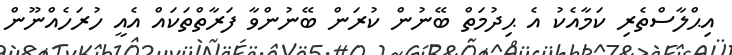
އިޙްލާސްތެރި ކަމާއެކު އެ ޙިދުމަތް ބޭނުން ކުރަން ބޭނުންވާ ފަރާތްތަކައް އެއީ ހުރަހެއްނޫން